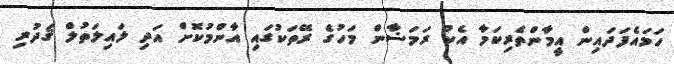
ހަމައެފަދައިން އީމާންތެރިކަމާ އެކު ރަމަޟާން މަހުގެ ރޭތަކުގައި އާންމުކޮށް އަދި ލައިލަތުލް ޤަދުރި